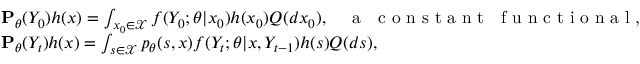
\begin{array} { r l } & { { \bf P } _ { \theta } ( Y _ { 0 } ) h ( x ) = \int _ { x _ { 0 } \in \mathcal { X } } f ( Y _ { 0 } ; \theta | x _ { 0 } ) h ( x _ { 0 } ) Q ( d x _ { 0 } ) , ~ ~ ~ \textrm { a ~ c o n s t a n t ~ f u n c t i o n a l , } } \\ & { { \bf P } _ { \theta } ( Y _ { t } ) h ( x ) = \int _ { s \in \mathcal { X } } p _ { \theta } ( s , x ) f ( Y _ { t } ; \theta | x , Y _ { t - 1 } ) h ( s ) Q ( d s ) , } \end{array}